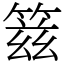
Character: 䈘